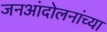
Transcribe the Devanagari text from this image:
जनआंदोलनांच्या